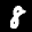
Label: 8